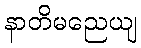
နာတိမညေယျ